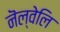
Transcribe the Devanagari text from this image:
नॆल्वेलि